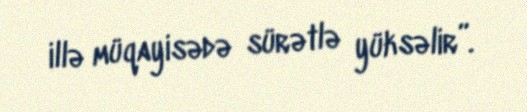
illə müqayisədə sürətlə yüksəlir”.